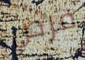
قرض